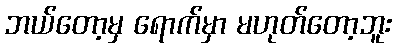
ဘယ်တော့မှ ရောက်မှာ မဟုတ်တော့ဘူး